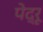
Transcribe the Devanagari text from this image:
पेद्रू